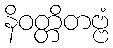
နိဝတ္တိတဗ္ဗံ